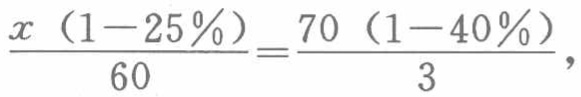
\(\frac{x(1 - 25\%)}{60}=\frac{70(1 - 40\%)}{3}\)